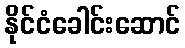
နိုင်ငံခေါင်းဆောင်